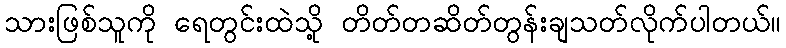
သားဖြစ်သူကို ရေတွင်းထဲသို့ တိတ်တဆိတ်တွန်းချသတ်လိုက်ပါတယ်။